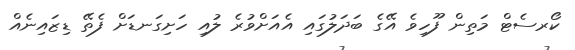
ކޯރސެޓް މަތިން ފޫހިވެ އޭގެ ބަދަލުގައި އެއަށްވުރެ ލުއި ހަށިގަނޑަށް ފެތޭ ޑިޒައިނެއް